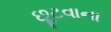
છૂટવાના